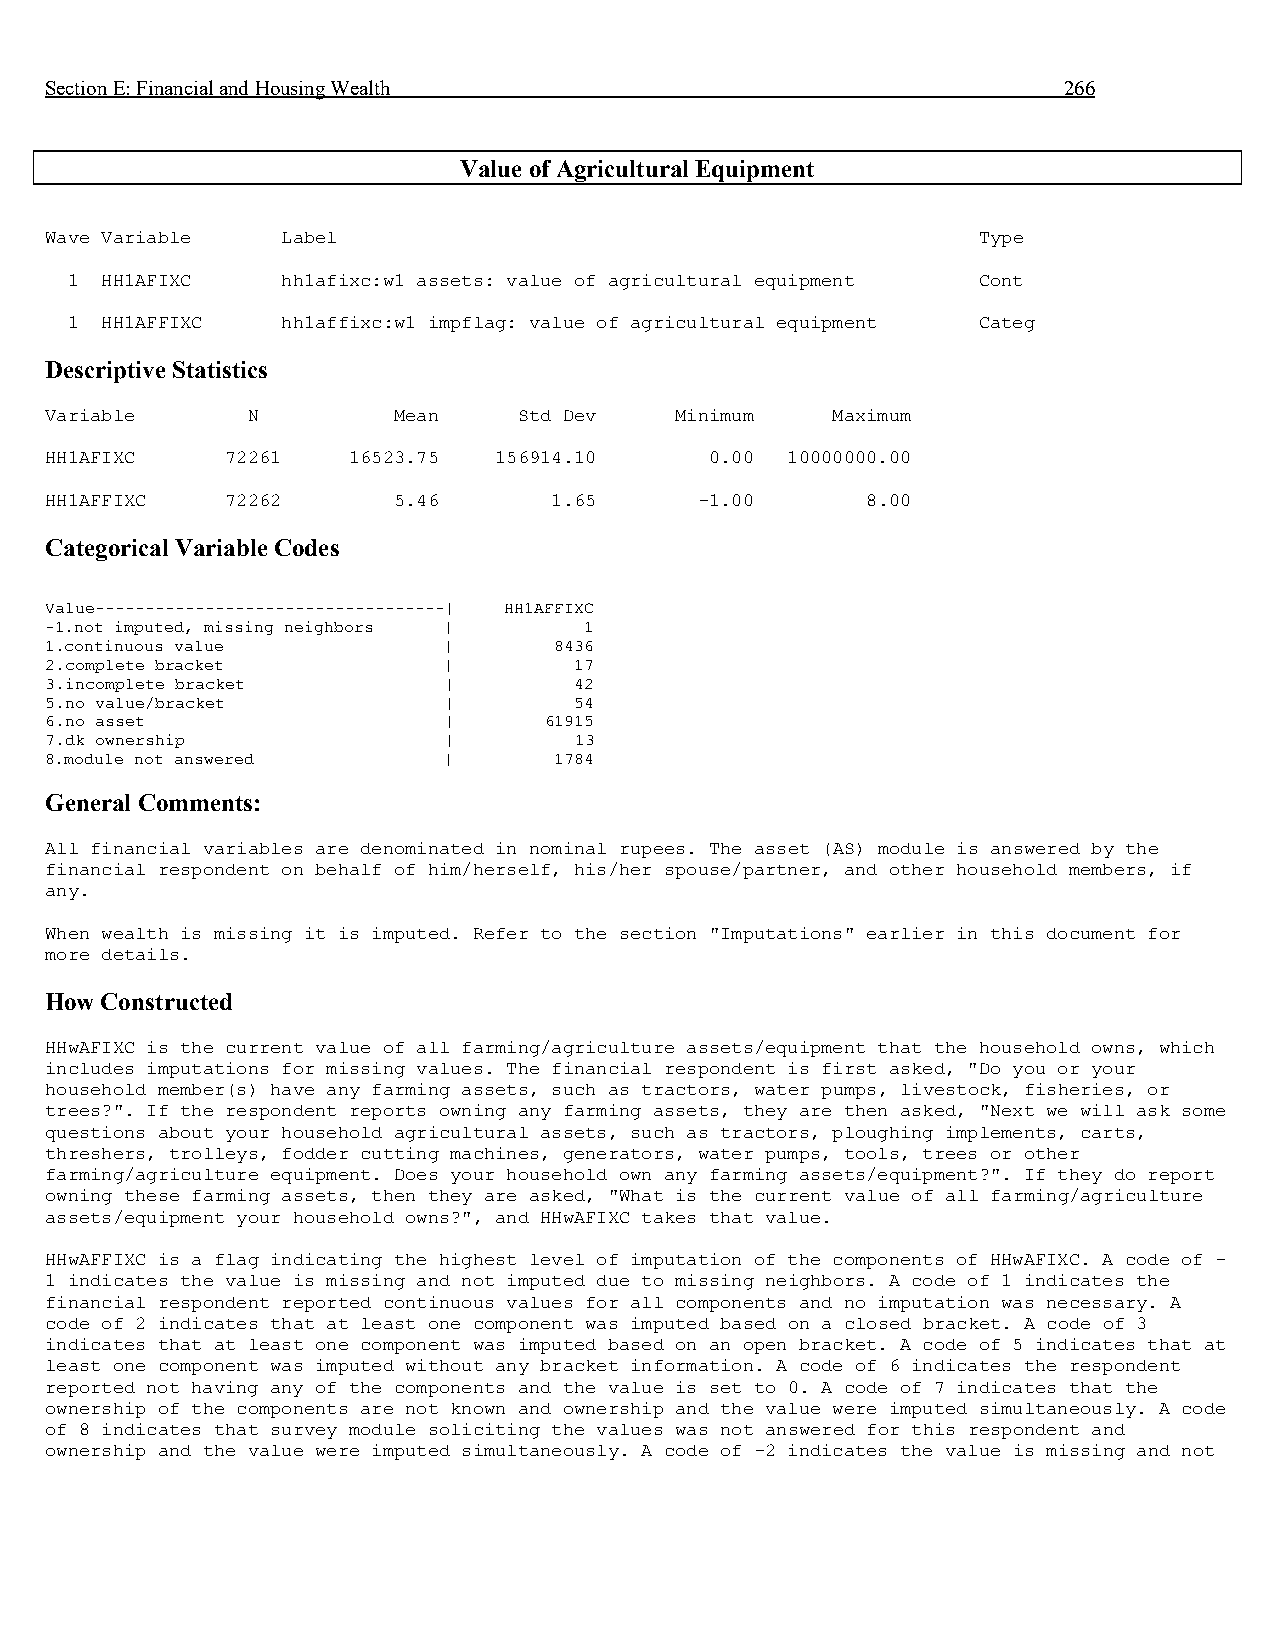
Section E: Financial and Housing Wealth                            266
 Value of Agricultural Equipment
 Wave Variable   Label                                         Type
 1  HH1AFIXC    hh1afixc:w1 assets: value of agricultural equipment Cont
 1  HH1AFFIXC   hh1affixc:w1 impflag: value of agricultural equipment Categ
 Descriptive Statistics
 Variable     N         Mean    Std Dev    Minimum   Maximum
 HH1AFIXC    72261   16523.75  156914.10     0.00 10000000.00
 HH1AFFIXC   72262      5.46      1.65      -1.00      8.00
 Categorical Variable Codes
 Value-----------------------------------| HH1AFFIXC
 -1.not imputed, missing neighbors | 1
 1.continuous value        |       8436
 2.complete bracket        |        17
 3.incomplete bracket      |        42
 5.no value/bracket        |        54
 6.no asset                |      61915
 7.dk ownership            |        13
 8.module not answered     |       1784
 General Comments:
 All financial variables are denominated in nominal rupees. The asset (AS) module is answered by the
 financial respondent on behalf of him/herself, his/her spouse/partner, and other household members, if
 any.
 When wealth is missing it is imputed. Refer to the section "Imputations" earlier in this document for
 more details.
 How Constructed
 HHwAFIXC is the current value of all farming/agriculture assets/equipment that the household owns, which
 includes imputations for missing values. The financial respondent is first asked, "Do you or your
 household member(s) have any farming assets, such as tractors, water pumps, livestock, fisheries, or
 trees?". If the respondent reports owning any farming assets, they are then asked, "Next we will ask some
 questions about your household agricultural assets, such as tractors, ploughing implements, carts,
 threshers, trolleys, fodder cutting machines, generators, water pumps, tools, trees or other
 farming/agriculture equipment. Does your household own any farming assets/equipment?". If they do report
 owning these farming assets, then they are asked, "What is the current value of all farming/agriculture
 assets/equipment your household owns?", and HHwAFIXC takes that value.
 HHwAFFIXC is a flag indicating the highest level of imputation of the components of HHwAFIXC. A code of -
 1 indicates the value is missing and not imputed due to missing neighbors. A code of 1 indicates the
 financial respondent reported continuous values for all components and no imputation was necessary. A
 code of 2 indicates that at least one component was imputed based on a closed bracket. A code of 3
 indicates that at least one component was imputed based on an open bracket. A code of 5 indicates that at
 least one component was imputed without any bracket information. A code of 6 indicates the respondent
 reported not having any of the components and the value is set to 0. A code of 7 indicates that the
 ownership of the components are not known and ownership and the value were imputed simultaneously. A code
 of 8 indicates that survey module soliciting the values was not answered for this respondent and
 ownership and the value were imputed simultaneously. A code of -2 indicates the value is missing and not